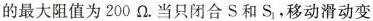
的最大阻值为200Ω。当只闭合S和 S_{1}，移动滑动变